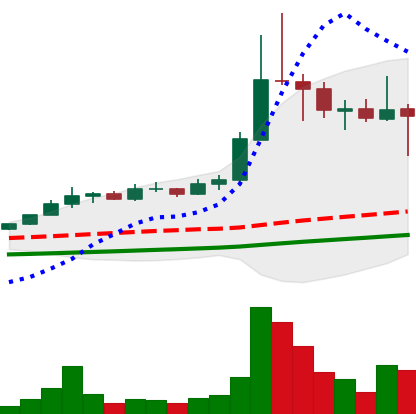
Ticker: ETC-USD
Chart end date: 2021-04-23
Forward return: 7.545%
Label: up_7plus